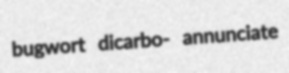
bugwort dicarbo- annunciate